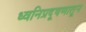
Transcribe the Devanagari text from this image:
ध्वनिप्रदूषणातून